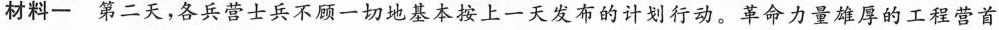
材料一第二天，各兵营士兵不顾一切地基本按上一天发布的计划行动。革命力量雄厚的工程营首